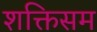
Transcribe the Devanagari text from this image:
शक्तिसम